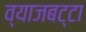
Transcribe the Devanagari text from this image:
व्याजबट्टा